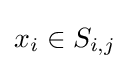
x_{i}\in S_{i,j}